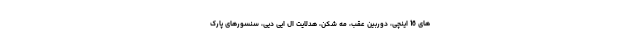
های 16 اینچی، دوربین عقب، مه شکن، هدلایت ال ایی دیی، سنسورهای پارک